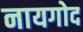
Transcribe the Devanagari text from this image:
नायगोद